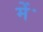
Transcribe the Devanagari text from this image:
मेंॱ